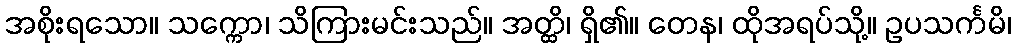
အစိုးရသော။ သက္ကော၊ သိကြားမင်းသည်။ အတ္ထိ၊ ရှိ၏။ တေန၊ ထိုအရပ်သို့။ ဥပသင်္ကမိ၊